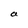
Character: a